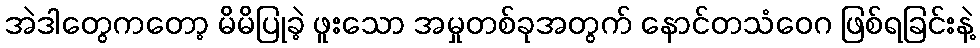
အဲဒါတွေကတော့ မိမိပြုခဲ့ ဖူးသော အမှုတစ်ခုအတွက် နောင်တသံဝေဂ ဖြစ်ရခြင်းနဲ့